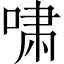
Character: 啸